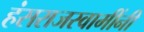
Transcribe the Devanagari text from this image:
हंसराजस्वामींनी